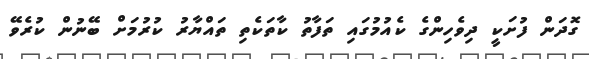
ގޮދަން ފުށަކީ ދިވެހިންގެ ކެއުމުގައި ތަފާތު ކާތަކެތި ތައްޔާރު ކުރުމަށް ބޭނުން ކުރެވޭ